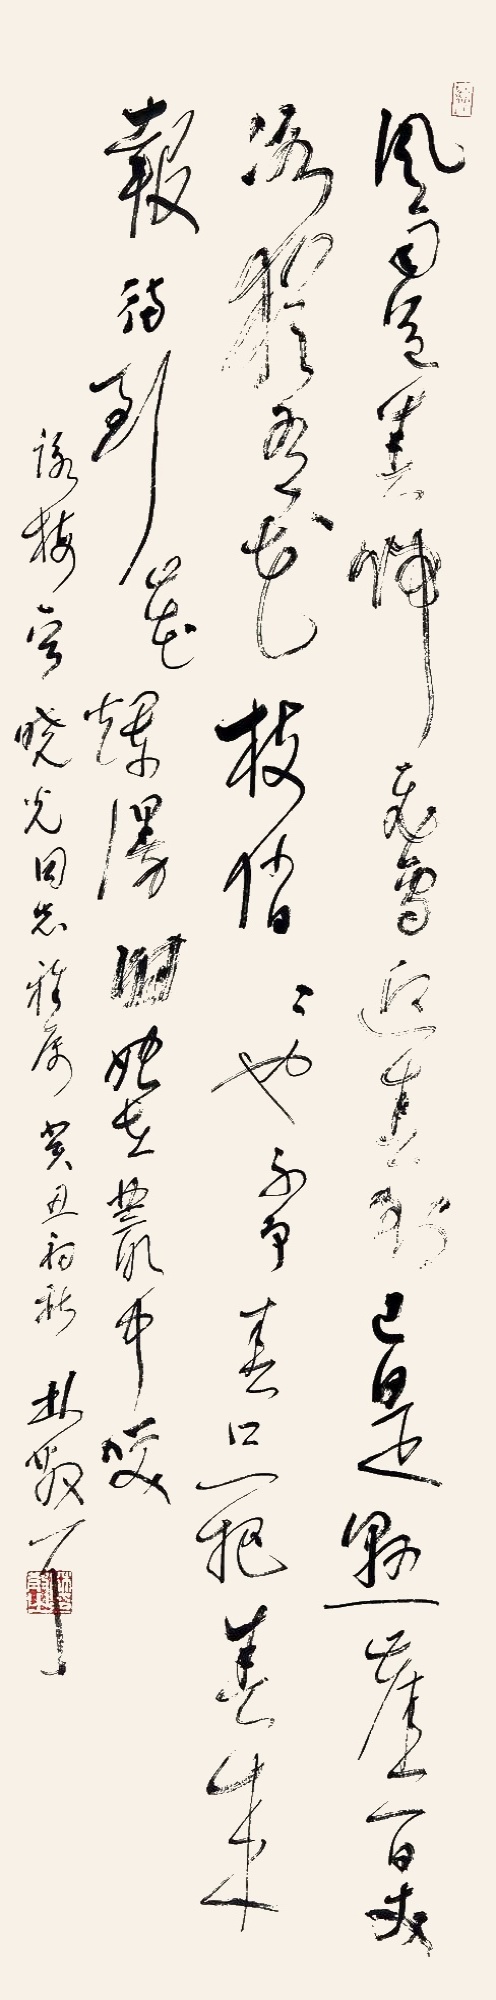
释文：风雨送春归，飞雪迎春到。已是悬崖百丈冰，犹有花枝俏。俏也不争春，只把春来报。待到山花烂漫时，她在丛中笑。咏梅一首，晓光同志雅属，癸丑初秋林散耳。